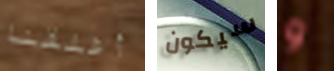
أغلقنا سيكون و